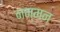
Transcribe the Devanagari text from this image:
नम्मन